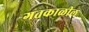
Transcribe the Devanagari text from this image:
गतकाळील